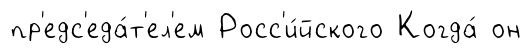
пр'едс'еда́т'ел'ем Росс'и́йского Когда́ он